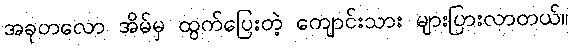
အခုတလော အိမ်မှ ထွက်ပြေးတဲ့ ကျောင်းသား များပြားလာတယ်။